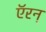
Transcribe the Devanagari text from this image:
ऍरन्